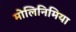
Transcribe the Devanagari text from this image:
मोलिनिमिया